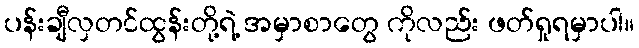
ပန်းချီလှတင်ထွန်းတို့ရဲ့ အမှာစာတွေ ကိုလည်း ဖတ်ရှုရမှာပါ။